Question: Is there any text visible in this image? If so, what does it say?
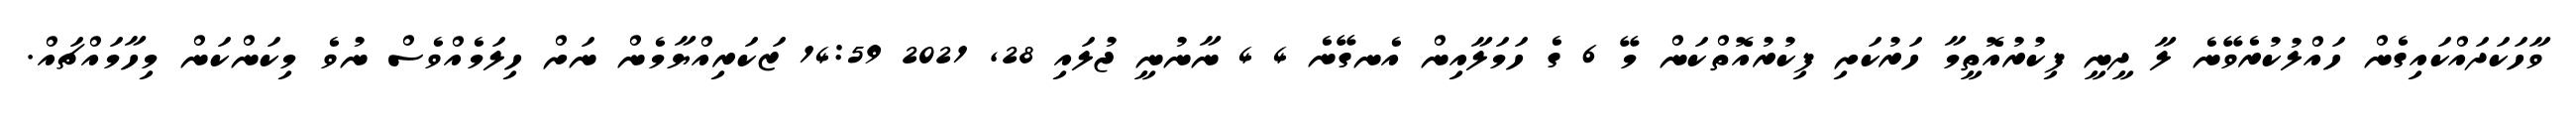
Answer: ވާހަކަދައްކައިގެން ހައްލުކުރެވޭނެ ލާ ދީނީ ފިކުރުއޮތީމާ ހަރުކަށި ފިކުރުއޮތްކަން މޭ 6 ގެ ހަމަލާއިން އެނގޭނެ 4 4 ނާނުނީ ޖުލައި 28, 2021 14:59 ޒަކަރިއްޔާމެން ނަށް ހިލަމެއްވެސް ނުވެ މިކަންކަން މިހާމައްޗައް.